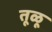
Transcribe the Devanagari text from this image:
तूळू